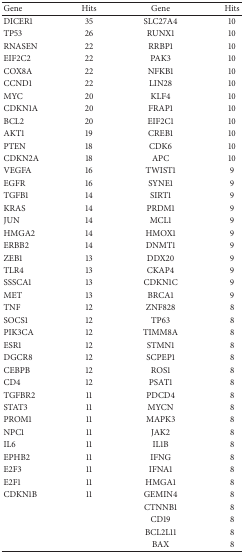
| Gene | Hits | Gene | Hits |
 | --- | --- | --- | --- |
 | DICER1 | 35 | SLC27A4 | 10 |
 | TP53 | 26 | RUNX1 | 10 |
 | RNASEN | 22 | RRBP1 | 10 |
 | EIF2C2 | 22 | PAK3 | 10 |
 | COX8A | 22 | NFKB1 | 10 |
 | CCND1 | 22 | LIN28 | 10 |
 | MYC | 20 | KLF4 | 10 |
 | CDKN1A | 20 | FRAP1 | 10 |
 | BCL2 | 20 | EIF2C1 | 10 |
 | AKT1 | 19 | CREB1 | 10 |
 | PTEN | 18 | CDK6 | 10 |
 | CDKN2A | 18 | APC | 10 |
 | VEGFA | 16 | TWIST1 | 9 |
 | EGFR | 16 | SYNE1 | 9 |
 | TGFB1 | 14 | SIRT1 | 9 |
 | KRAS | 14 | PRDM1 | 9 |
 | JUN | 14 | MCL1 | 9 |
 | HMGA2 | 14 | HMOX1 | 9 |
 | ERBB2 | 14 | DNMT1 | 9 |
 | ZEB1 | 13 | DDX20 | 9 |
 | TLR4 | 13 | CKAP4 | 9 |
 | SSSCA1 | 13 | CDKN1C | 9 |
 | MET | 13 | BRCA1 | 9 |
 | TNF | 12 | ZNF828 | 8 |
 | SOCS1 | 12 | TP63 | 8 |
 | PIK3CA | 12 | TIMM8A | 8 |
 | ESR1 | 12 | STMN1 | 8 |
 | DGCR8 | 12 | SCPEP1 | 8 |
 | CEBPB | 12 | ROS1 | 8 |
 | CD4 | 12 | PSAT1 | 8 |
 | TGFBR2 | 11 | PDCD4 | 8 |
 | STAT3 | 11 | MYCN | 8 |
 | PROM1 | 11 | MAPK3 | 8 |
 | NPC1 | 11 | JAK2 | 8 |
 | IL6 | 11 | IL1B | 8 |
 | EPHB2 | 11 | IFNG | 8 |
 | E2F3 | 11 | IFNA1 | 8 |
 | E2F1 | 11 | HMGA1 | 8 |
 | CDKN1B | 11 | GEMIN4 | 8 |
 |  |  | CTNNB1 | 8 |
 |  |  | CD19 | 8 |
 |  |  | BCL2L11 | 8 |
 |  |  | BAX | 8 |